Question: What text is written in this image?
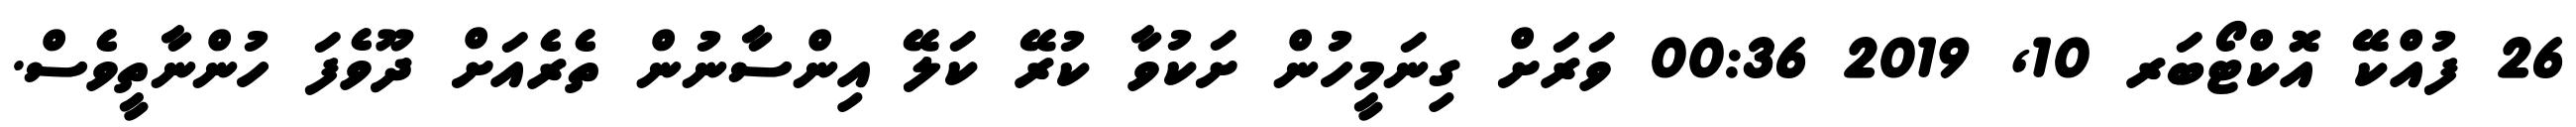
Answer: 26 ފުއްކޭ އޮކްޓޯބަރ 10, 2019 00:36 ވަރަށް ގިނަމީހުން ށަކުވާ ކުރޭ ކަލޭ އިންސާނުން ތެރެއަށް ދޫވެފަ ހުންނާތީވެސް.